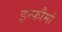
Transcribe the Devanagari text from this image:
इन्फौर्मा